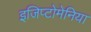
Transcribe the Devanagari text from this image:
इजिप्टोमेनिया